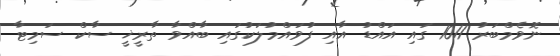
ނޮވެމްބަރު 1011 ގައި އައްޑު އާއި ފުވައްމުލަކުގައި ބާއްވާ ތާރީޚީ ސާކް ސަމިޓާ